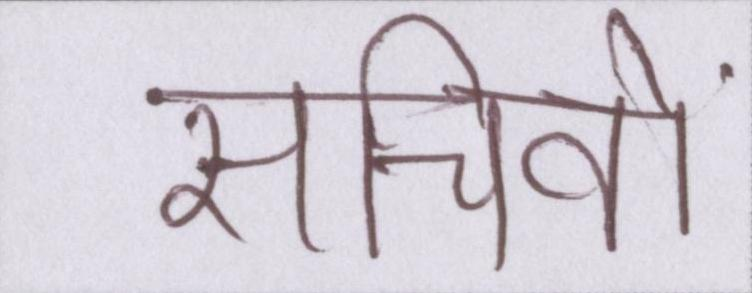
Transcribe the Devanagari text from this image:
सचिवों